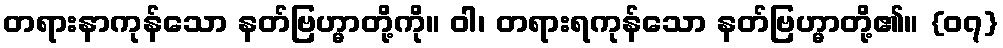
တရားနာကုန်သော နတ်ဗြဟ္မာတို့ကို။ ဝါ၊ တရားရကုန်သော နတ်ဗြဟ္မာတို့၏။ {၀၇}